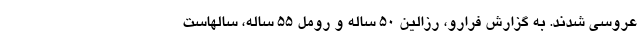
عروسی شدند. به گزارش فرارو، رزالین ۵۰ ساله و رومل ۵۵ ساله، سالهاست